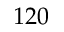
1 2 0